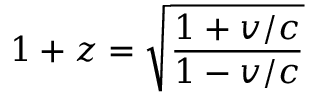
1 + z = { \sqrt { \frac { 1 + v / c } { 1 - v / c } } }